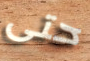
حتى